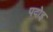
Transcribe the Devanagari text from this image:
पदोइ